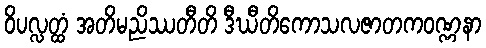
ဝိပလ္လတ္ထံ အတိမညိဿတီတိ ဒီဃီတိကောသလဇာတကဝဏ္ဏနာ